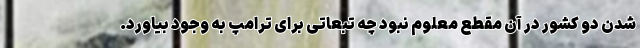
شدن دو کشور در آن مقطع معلوم نبود چه تبعاتی برای ترامپ به وجود بیاورد.